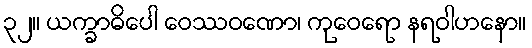
၃၂။ ယက္ခာဓိပေါ ဝေဿဝဏော၊ ကုဝေရော နရဝါဟနော။